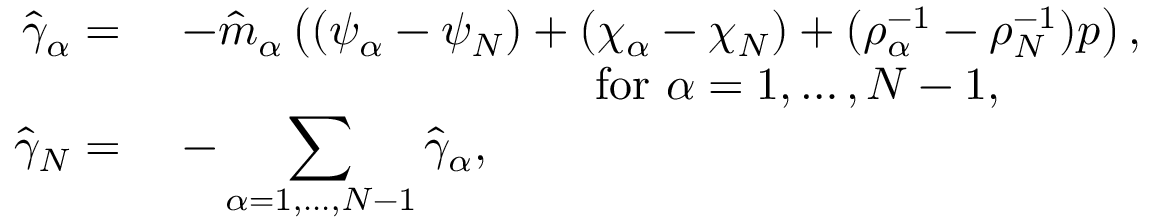
\begin{array} { r l } { \hat { \gamma } _ { \alpha } = } & { ~ - \hat { m } _ { \alpha } \left( ( \psi _ { \alpha } - \psi _ { N } ) + ( \chi _ { \alpha } - \chi _ { N } ) + ( \rho _ { \alpha } ^ { - 1 } - \rho _ { N } ^ { - 1 } ) p \right) , } \\ & { \quad \quad \quad \quad \quad \quad \quad \quad \quad \mathrm { ~ f o r ~ } \alpha = 1 , \dots , N - 1 , } \\ { \hat { \gamma } _ { N } = } & { ~ - \displaystyle \sum _ { \alpha = 1 , \dots , N - 1 } \hat { \gamma } _ { \alpha } , } \end{array}